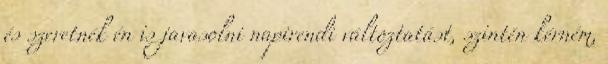
és szeretnék én is javasolni napirendi változtatást, szintén kérném,